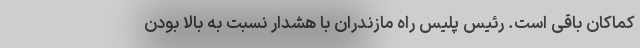
کماکان باقی است. رئیس پلیس راه مازندران با هشدار نسبت به بالا بودن